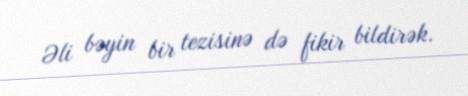
Əli bəyin bir tezisinə də fikir bildirək.